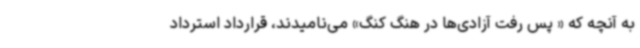
به آنچه که « پس رفت آزادی‌ها در هنگ کنگ» می‌نامیدند، قرارداد استرداد